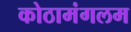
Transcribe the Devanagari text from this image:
कोठामंगलम